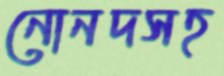
নোনদসহ